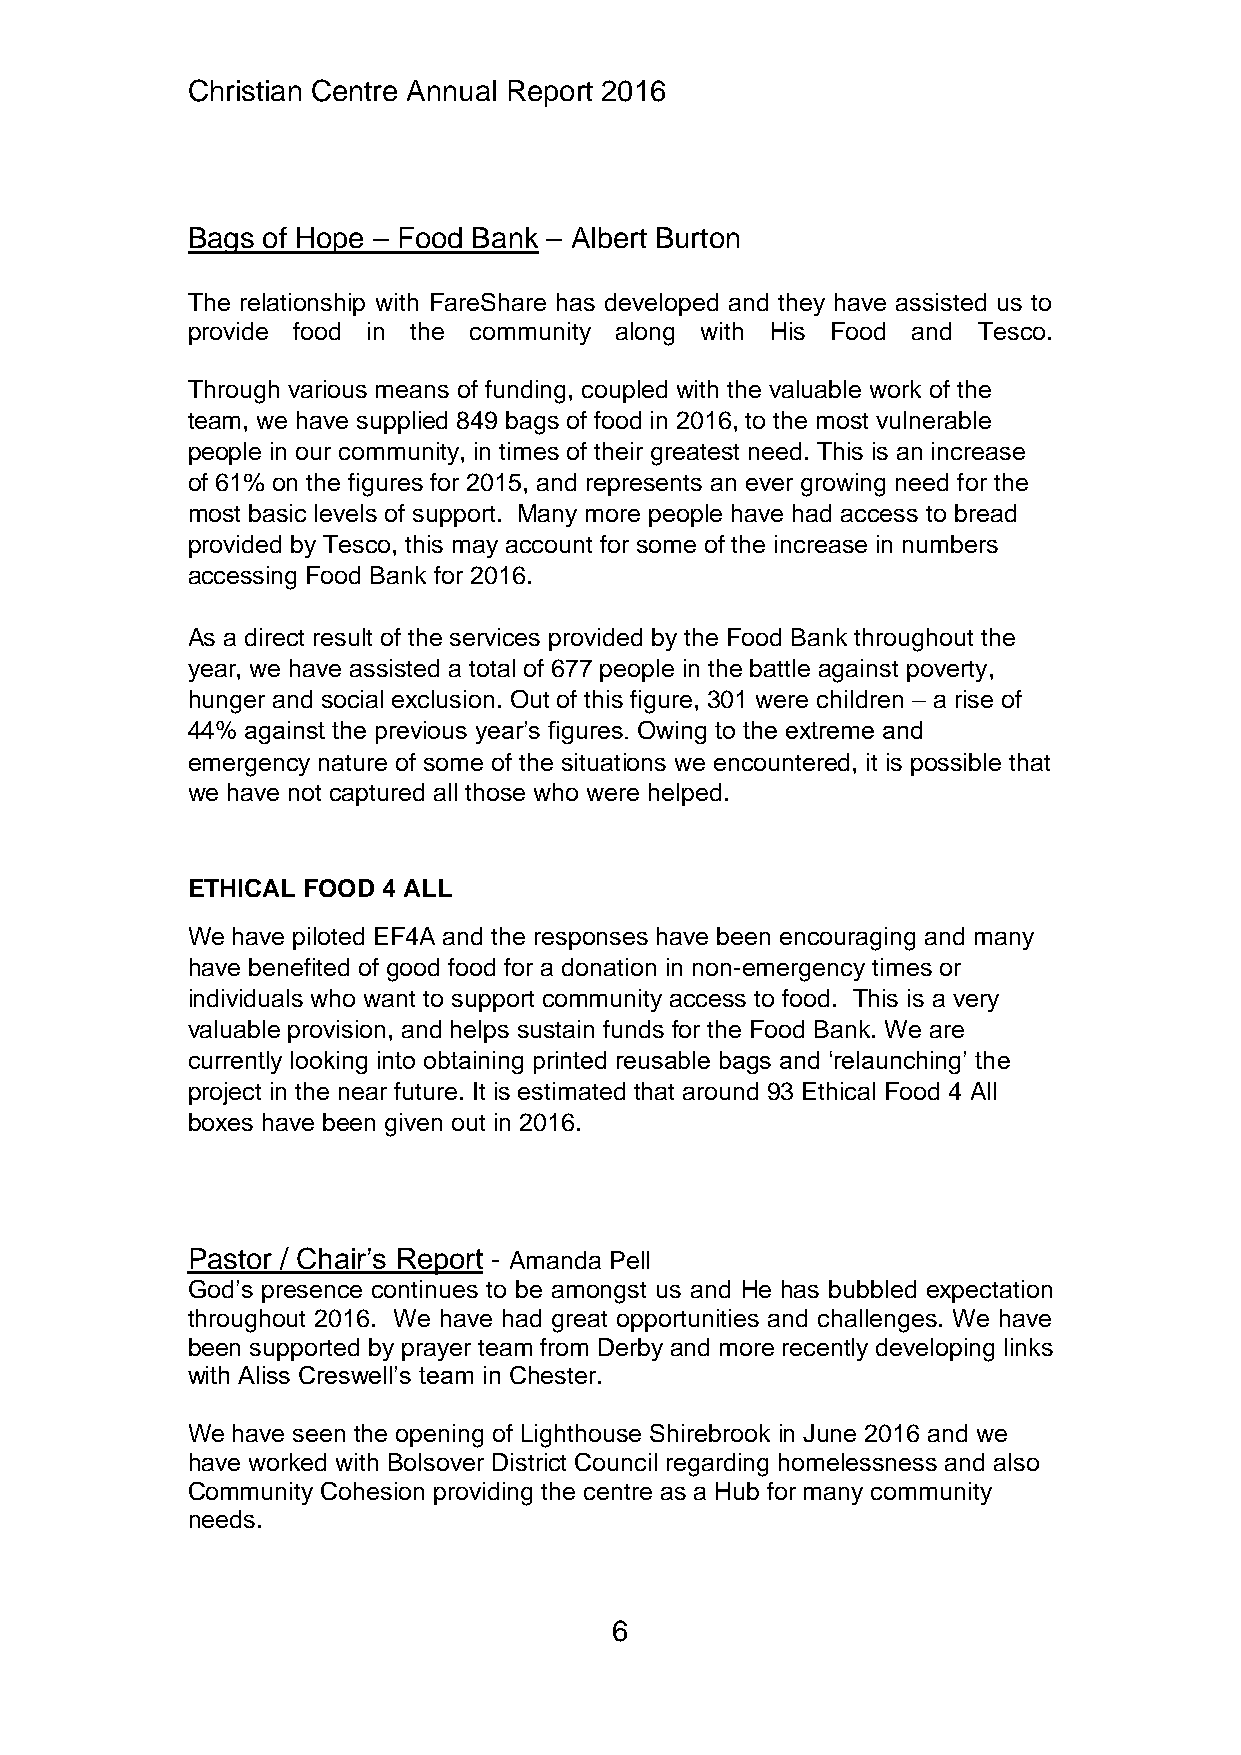
Christian Centre Annual Report 2016
 Bags of Hope – Food Bank – Albert Burton
 The relationship with FareShare has developed and they have assisted us to
 provide food in the community along with His Food and Tesco.
 Through various means of funding, coupled with the valuable work of the
 team, we have supplied 849 bags of food in 2016, to the most vulnerable
 people in our community, in times of their greatest need. This is an increase
 of 61% on the figures for 2015, and represents an ever growing need for the
 most basic levels of support. Many more people have had access to bread
 provided by Tesco, this may account for some of the increase in numbers
 accessing Food Bank for 2016.
 As a direct result of the services provided by the Food Bank throughout the
 year, we have assisted a total of 677 people in the battle against poverty,
 hunger and social exclusion. Out of this figure, 301 were children – a rise of
 44% against the previous year’s figures. Owing to the extreme and
 emergency nature of some of the situations we encountered, it is possible that
 we have not captured all those who were helped.
 ETHICAL FOOD 4 ALL
 We have piloted EF4A and the responses have been encouraging and many
 have benefited of good food for a donation in non-emergency times or
 individuals who want to support community access to food. This is a very
 valuable provision, and helps sustain funds for the Food Bank. We are
 currently looking into obtaining printed reusable bags and ‘relaunching’ the
 project in the near future. It is estimated that around 93 Ethical Food 4 All
 boxes have been given out in 2016.
 Pastor / Chair’s Report - Amanda Pell
 God’s presence continues to be amongst us and He has bubbled expectation
 throughout 2016. We have had great opportunities and challenges. We have
 been supported by prayer team from Derby and more recently developing links
 with Aliss Creswell’s team in Chester.
 We have seen the opening of Lighthouse Shirebrook in June 2016 and we
 have worked with Bolsover District Council regarding homelessness and also
 Community Cohesion providing the centre as a Hub for many community
 needs.
 6